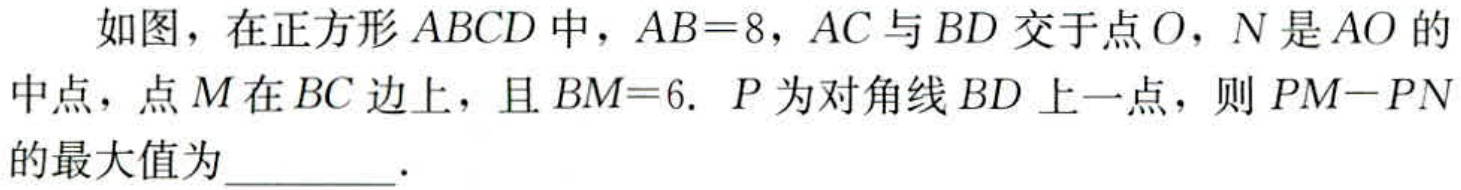
如图，在正方形 \(ABCD\) 中，\(AB = 8\)，\(AC\) 与 \(BD\) 交于点 \(O\)，\(N\) 是 \(AO\) 的中点，点 \(M\) 在 \(BC\) 边上，且 \(BM = 6\). \(P\) 为对角线 \(BD\) 上一点，则 \(PM - PN\) 的最大值为________.